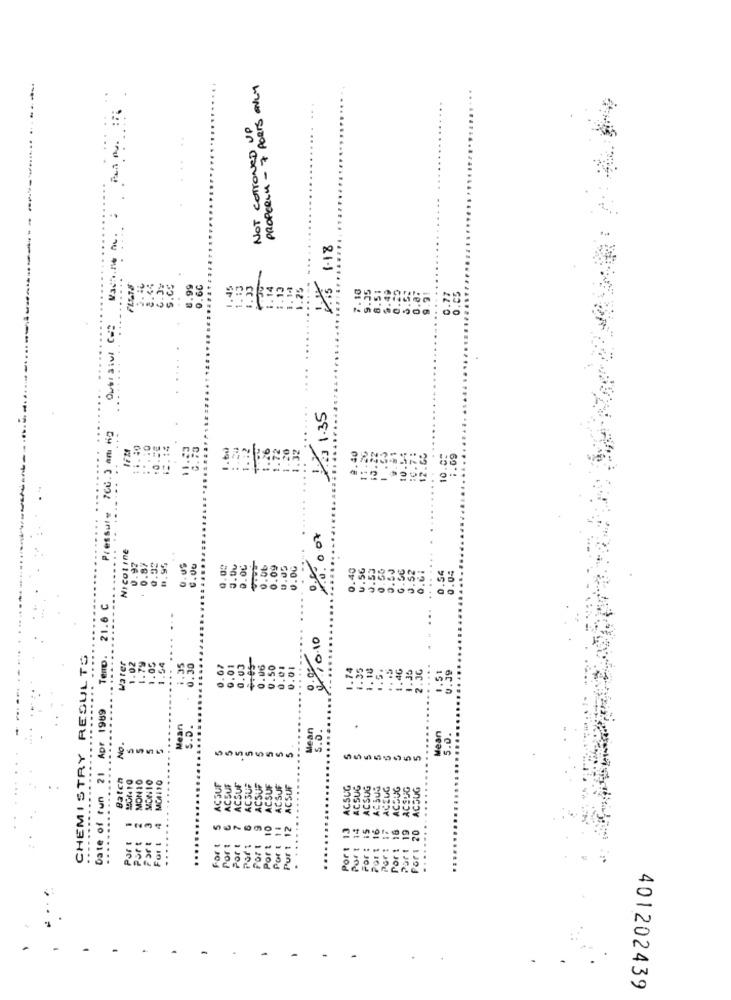
-- ----....... ..-----
PROPERLY- 7 PORTS ONLY
NOT COTTONED UP
....
1.18
0.60
1.45
1.13
1.33
7.10
9.35
8.5
0.25
2 1.35
0.40
10.05
1.69
10 .
10.
Press
08:007
Nicotine
0.92
0.87
.92
.US
0.00
0.00
3.00
0.00
0.06
0.09
.05
0℃
.40
U.SG
0.53
0.00
0.50
.52
.61
....
0.54
0.04
21.6 C
220.10
RESULTS
Water
.35
0.30
.07
0.01
0.05
v.es
0.06
0.50
0.01
0.01
......
1.74
1.35
1.18
.. 5.
.. . 5
1.46
1.35
...
6.39
CHEMISTRY RESI
Date of fun 21 Apr 1969
.
Jean
S.D.
Mean
S.O.
Mean
5.0.
5
5
5
5
Batch
MON 10
MON10
MC4110
ACSUF
ACSUF
ACSUF
ACSUF
ACSUF
ACSUF
ACSUF
Pur : 12 ACSUF
ACSUG
ACSUG
ACSUG
ACSUS
ACEUG
ACCUG
ACSUG
ACSUG
Port 2
Fort 4
.....
5
10
Por t 11
Port 13
Port 14
Port 19
20
Port
Part
For : i
....
For t
Port
Port
Part
Port
Por
Por 1
Por :
Por !
Port
..
..
401202439